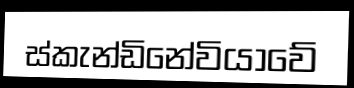
ස්කැන්ඩිනේවියාවේ